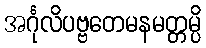
အင်္ဂုလိပဗ္ဗတေမနမတ္တမ္ပိ